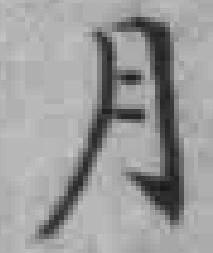
月